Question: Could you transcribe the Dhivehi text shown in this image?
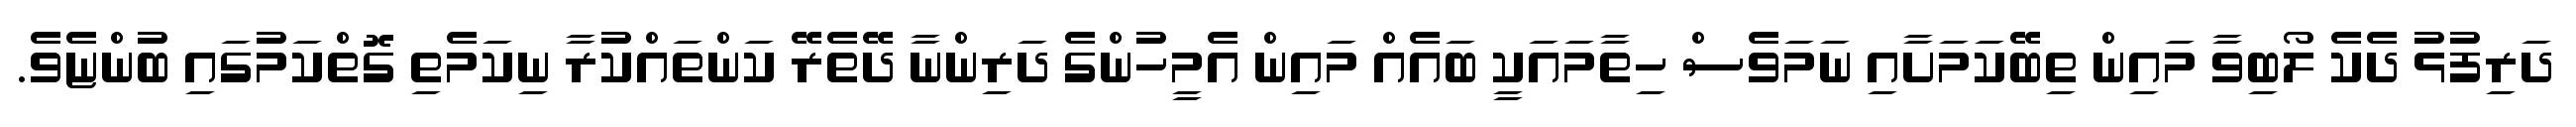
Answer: ދަރިފުޅު ދެކެ ލޯބިވާ މައިން ތިބޭކަމަށާއި ނަމަވެސް ހިތާމައަކީ ބައެއް މައިން އެމީހުންގެ ދަރިންނާ ދޭތެރޭ ކަންތައްކުރާ ނިކަމެތި ގޮތްކަމުގައި ބުންޏެވެ.